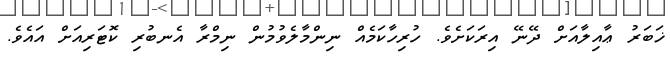
ޚަބަރު ޢާއިލާއަށް ދޭނޭ އިރަކަށެވެ. ހުރިހާކަމެއް ނިންމާލެވުމުން ނިމްރާ އެނބުރި ކޮޓަރިއަށް އައެވެ.